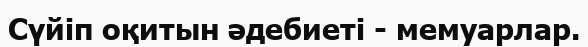
Сүйіп оқитын әдебиеті - мемуарлар.